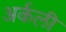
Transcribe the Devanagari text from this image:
अर्कली